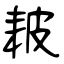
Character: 耚